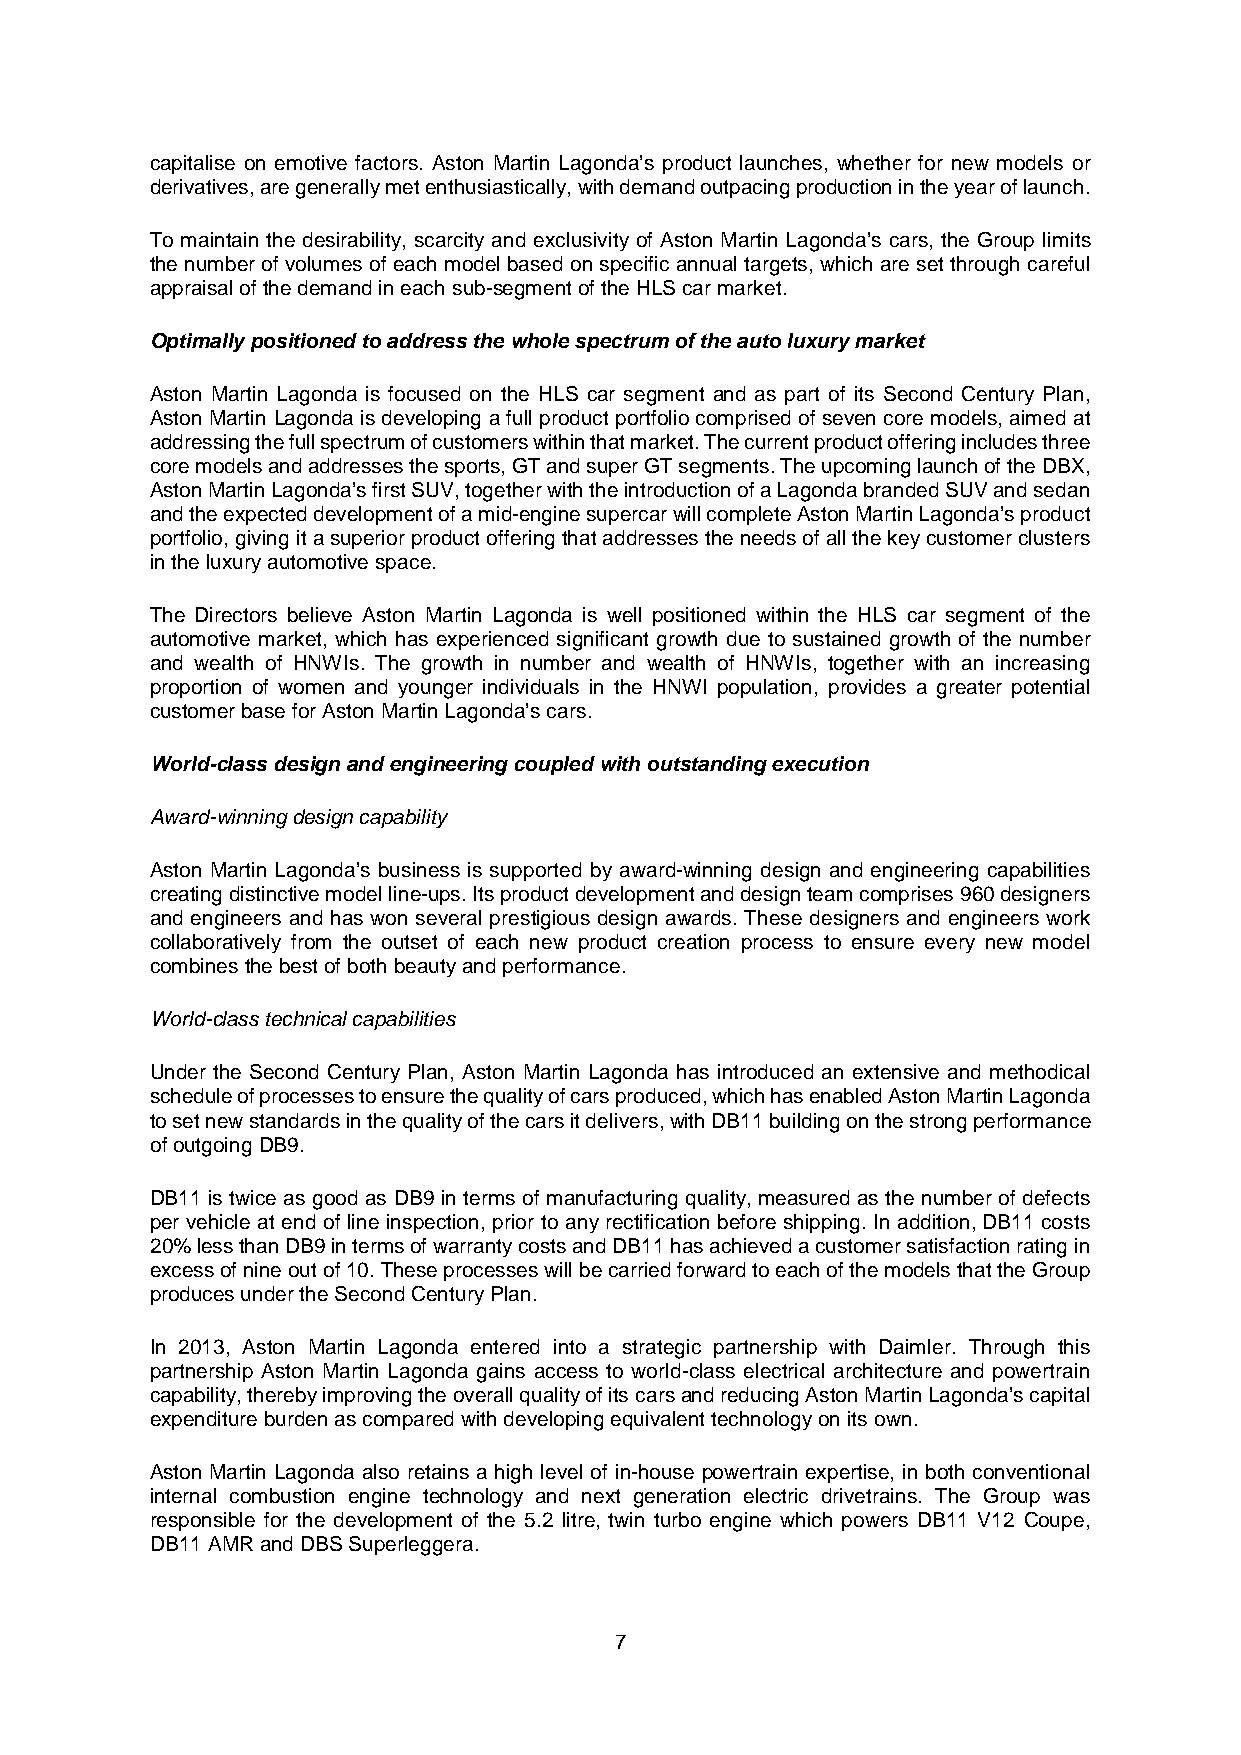
capitalise on emotive factors. Aston Martin Lagonda’s product launches, whether for new models or
 derivatives, are generally met enthusiastically, with demand outpacing production in the year of launch.
 To maintain the desirability, scarcity and exclusivity of Aston Martin Lagonda’s cars, the Group limits
 the number of volumes of each model based on specific annual targets, which are set through careful
 appraisal of the demand in each sub-segment of the HLS car market.
 Optimally positioned to address the whole spectrum of the auto luxury market
 Aston Martin Lagonda is focused on the HLS car segment and as part of its Second Century Plan,
 Aston Martin Lagonda is developing a full product portfolio comprised of seven core models, aimed at
 addressing the full spectrum of customers within that market. The current product offering includes three
 core models and addresses the sports, GT and super GT segments. The upcoming launch of the DBX,
 Aston Martin Lagonda’s first SUV, together with the introduction of a Lagonda branded SUV and sedan
 and the expected development of a mid-engine supercar will complete Aston Martin Lagonda’s product
 portfolio, giving it a superior product offering that addresses the needs of all the key customer clusters
 in the luxury automotive space.
 The Directors believe Aston Martin Lagonda is well positioned within the HLS car segment of the
 automotive market, which has experienced significant growth due to sustained growth of the number
 and wealth of HNWIs. The growth in number and wealth of HNWIs, together with an increasing
 proportion of women and younger individuals in the HNWI population, provides a greater potential
 customer base for Aston Martin Lagonda’s cars.
 World-class design and engineering coupled with outstanding execution
 Award-winning design capability
 Aston Martin Lagonda’s business is supported by award-winning design and engineering capabilities
 creating distinctive model line-ups. Its product development and design team comprises 960 designers
 and engineers and has won several prestigious design awards. These designers and engineers work
 collaboratively from the outset of each new product creation process to ensure every new model
 combines the best of both beauty and performance.
 World-class technical capabilities
 Under the Second Century Plan, Aston Martin Lagonda has introduced an extensive and methodical
 schedule of processes to ensure the quality of cars produced, which has enabled Aston Martin Lagonda
 to set new standards in the quality of the cars it delivers, with DB11 building on the strong performance
 of outgoing DB9.
 DB11 is twice as good as DB9 in terms of manufacturing quality, measured as the number of defects
 per vehicle at end of line inspection, prior to any rectification before shipping. In addition, DB11 costs
 20% less than DB9 in terms of warranty costs and DB11 has achieved a customer satisfaction rating in
 excess of nine out of 10. These processes will be carried forward to each of the models that the Group
 produces under the Second Century Plan.
 In 2013, Aston Martin Lagonda entered into a strategic partnership with Daimler. Through this
 partnership Aston Martin Lagonda gains access to world-class electrical architecture and powertrain
 capability, thereby improving the overall quality of its cars and reducing Aston Martin Lagonda’s capital
 expenditure burden as compared with developing equivalent technology on its own.
 Aston Martin Lagonda also retains a high level of in-house powertrain expertise, in both conventional
 internal combustion engine technology and next generation electric drivetrains. The Group was
 responsible for the development of the 5.2 litre, twin turbo engine which powers DB11 V12 Coupe,
 DB11 AMR and DBS Superleggera.
 7